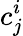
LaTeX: c_{j}^{i}